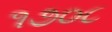
૧૭૦૮